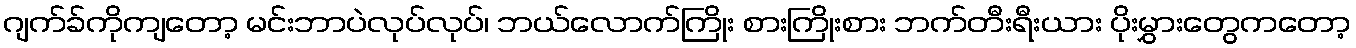
ဂျက်ခ်ကိုကျတော့ မင်းဘာပဲလုပ်လုပ်၊ ဘယ်လောက်ကြိုး စားကြိုးစား ဘက်တီးရီးယား ပိုးမွှားတွေကတော့